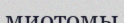
миотомы